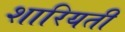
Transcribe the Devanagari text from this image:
शारियती